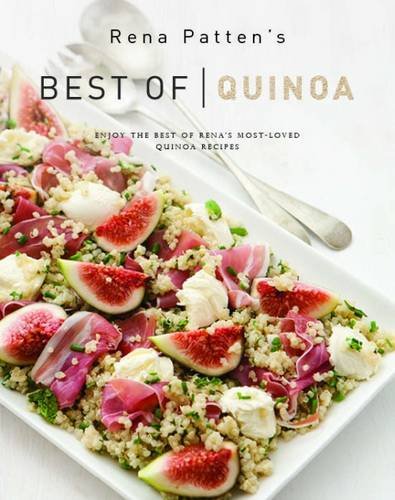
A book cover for Rena Patten's Best Of Quinoa; Rena Patten; Cookbooks, Food & Wine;